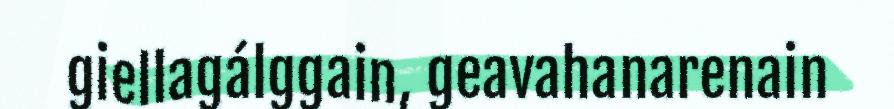
giellagálggain, geavahanarenain